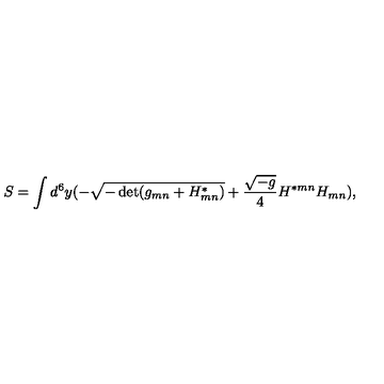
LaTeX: S = \int d ^ { 6 } y ( - \sqrt { - \det ( g _ { m n } + { H } _ { m n } ^ { * } ) } + { \frac { \sqrt { - g } } { 4 } } H ^ { * m n } H _ { m n } ) ,